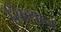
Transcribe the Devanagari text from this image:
सिव्थान